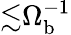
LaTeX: {\lesssim}\Omega_{\mathrm{b}}^{-1}